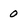
Character: 0